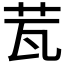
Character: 𦭈